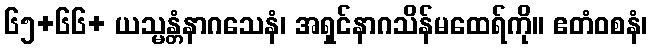
၆၅+၆၆+ ယသ္မန္တံနာဂသေနံ၊ အရှင်နာဂသိန်မထေရ်ကို။ ဧတံဝစနံ၊